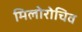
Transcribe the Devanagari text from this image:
मिलोरोचिव